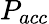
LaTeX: P_{acc}